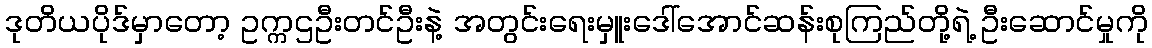
ဒုတိယပိုဒ်မှာတော့ ဥက္ကဌဦးတင်ဦးနဲ့ အတွင်းရေးမှူးဒေါ်အောင်ဆန်းစုကြည်တို့ရဲ့ ဦးဆောင်မှုကို